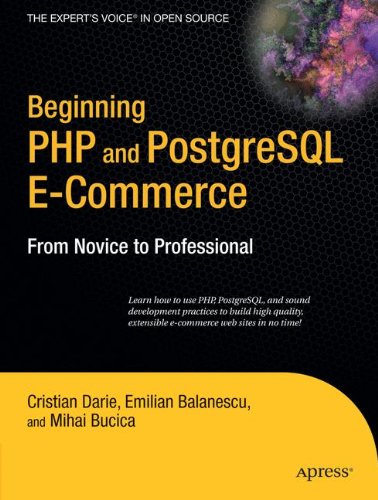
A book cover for Beginning PHP and PostgreSQL E-Commerce: From Novice to Professional (Beginning, from Novice to Professional); Cristian Darie; Computers & Technology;